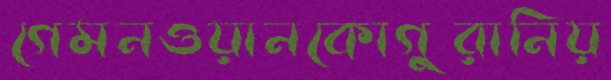
গেমনওয়ানকোগুরানিয়